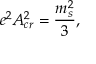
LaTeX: e ^ { 2 } A _ { c r } ^ { 2 } = { \frac { m _ { s } ^ { 2 } } { 3 } } ,